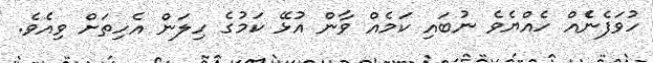
ހުވަފެނެެއް ހެއްޔެވެ ނުބައި ކަމެއް ވާން އުޅޭ ކަމުގެ ހިލަން އެހިތަށް ވިއެވެ.